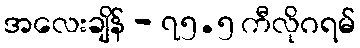
အလေးချိန် - ၇၅.၅ ကီလိုဂရမ်